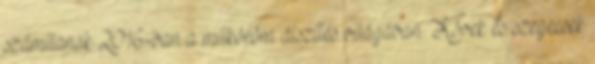
számítanak 2016-ban a műköröm díszítés világában. Kövek és szegecsek